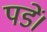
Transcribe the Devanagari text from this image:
पडें।